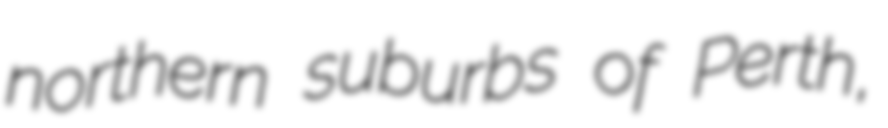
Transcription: northern suburbs of Perth,